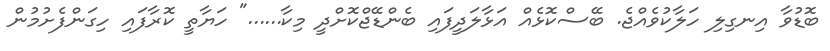
ބޮޑުވާ އިނގިލި ހަލާކުވެއްޖެ. ބޭސްކޮޅެއް އަޅާލަދީފައި ބެންޑޭޖްކޮށްދީ މިކާ......" ހަޔާތީ ކޮރާފައި ހިގަންފެށުމުން